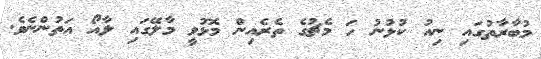
މުބާރާތުގައި ނިއު ކުޅުނު ހަ މެޗުގެ ތެރެއިން މޮޅުވީ މާލޭގައި ލާއޯ އަތުންނެވެ.